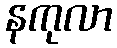
နကုလာ